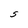
Character: S